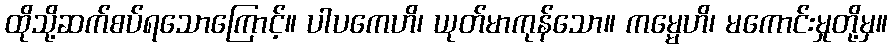
ထိုသို့ဆက်စပ်ရသောကြောင့်။ ပါပကေဟိ၊ ယုတ်မာကုန်သော။ ကမ္မေဟိ၊ မကောင်းမှုတို့မှ။